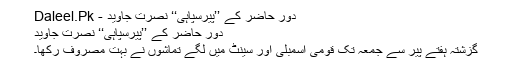
دورِ حاضر کے ’’پیرسپاہی‘‘ نصرت جاوید - Daleel.Pk
دورِ حاضر کے ’’پیرسپاہی‘‘ نصرت جاوید
گزشتہ ہفتے پیر سے جمعہ تک قومی اسمبلی اور سینٹ میں لگے تماشوں نے بہت مصروف رکھا۔